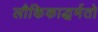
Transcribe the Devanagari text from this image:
लौकिकाद्धर्मतो